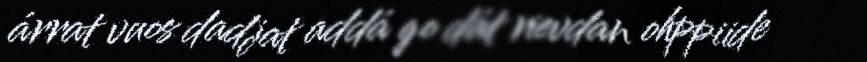
árrat vuos dadjat addá go dát rievdan ohppiide